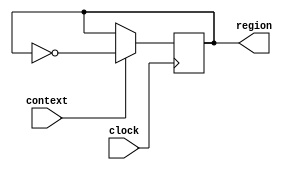
module ProcessToggler( clock, context, region );

	input clock, context;
	output reg region;
	
	initial begin
		region <= 0;
	end
	
	always @( posedge clock )
	begin
		if( context )
			region <= !region;
	end

endmodule